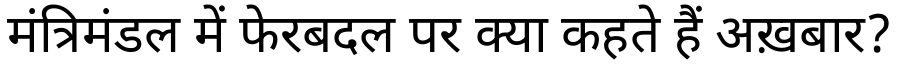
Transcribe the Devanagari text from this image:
मंत्रिमंडल में फेरबदल पर क्या कहते हैं अख़बार?